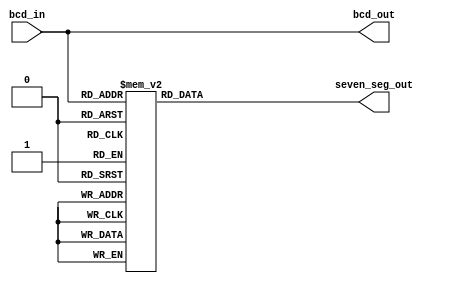
//4 switches for bcd input, anything above 9 will output blank
//route to 7 segment output
module assignment_7
(
input      [3:0] bcd_in,
output reg [6:0] seven_seg_out,
output 	   [3:0] bcd_out
);

/*
parameter BLANK = 7'b111_1111;
parameter ZERO  = 7'b000_0001;
parameter ONE   = 7'b100_1111;
parameter TWO   = 7'b001_0010;
parameter THREE = 7'b000_0110;
parameter FOUR  = 7'b100_1100;
parameter FIVE  = 7'b010_0100;
parameter SIX   = 7'b010_0000;
parameter SEVEN = 7'b000_1111;
parameter EIGHT = 7'b000_0000;
parameter NINE  = 7'b000_1100;
*/
parameter BLANK = 7'b111_1111;
parameter ZERO  = 7'b100_0000;
parameter ONE   = 7'b111_1001;
parameter TWO   = 7'b010_0100; //0 1 6 4 3
parameter THREE = 7'b011_0000; //0 1 6 2 3
parameter FOUR  = 7'b001_1001; //5 6 1 2 
parameter FIVE  = 7'b001_0010; //0 5 6 2 3
parameter SIX   = 7'b000_0010; //0 5 6 4 3 2 
parameter SEVEN = 7'b111_1000; //0 1 2
parameter EIGHT = 7'b000_0000;  
parameter NINE  = 7'b001_1000; //0 5 6 1 2

assign bcd_out = bcd_in;
//part 1 - Seven Segment Display
always@(bcd_in)
case (bcd_in)
0:  seven_seg_out = ZERO; //0
1:  seven_seg_out = ONE;  //1
2:  seven_seg_out = TWO;  //2
3:  seven_seg_out = THREE;//3
4:  seven_seg_out = FOUR; //4
5:  seven_seg_out = FIVE; //5 
6:  seven_seg_out = SIX;  //6
7:  seven_seg_out = SEVEN;//7
8:  seven_seg_out = EIGHT;//8
9:  seven_seg_out = NINE; //9
10: seven_seg_out = BLANK; //OFF
11: seven_seg_out = BLANK; //OFF
12: seven_seg_out = BLANK; //OFF
13: seven_seg_out = BLANK; //OFF
14: seven_seg_out = BLANK; //OFF
15: seven_seg_out = BLANK; //OFF
default: seven_seg_out = 7'bZ;
endcase

endmodule